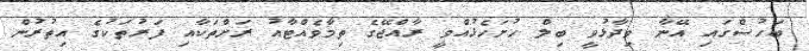
ބަހުސްގައި އޭނާ ވިދާޅުވީ ބިލް ހުށަހެޅުއްވީ ރާއްޖޭގެ ތިމާވެއްޓާއު ރަށްތަކާއި ފަރުތަކުގެ އިތުރުން